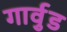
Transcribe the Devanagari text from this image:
गार्वुड